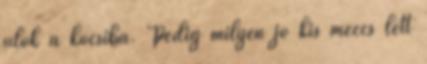
ülök a kocsiba. Pedig milyen jó kis meccs lett